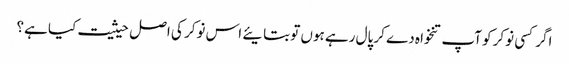
اگر کسی نوکر کو آپ تنخواہ دے کر پال رہے ہوں تو بتایئے اس نوکر کی اصل حیثیت کیا ہے؟